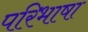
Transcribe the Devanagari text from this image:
परिभाषा